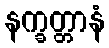
နက္ခတ္တာနံ